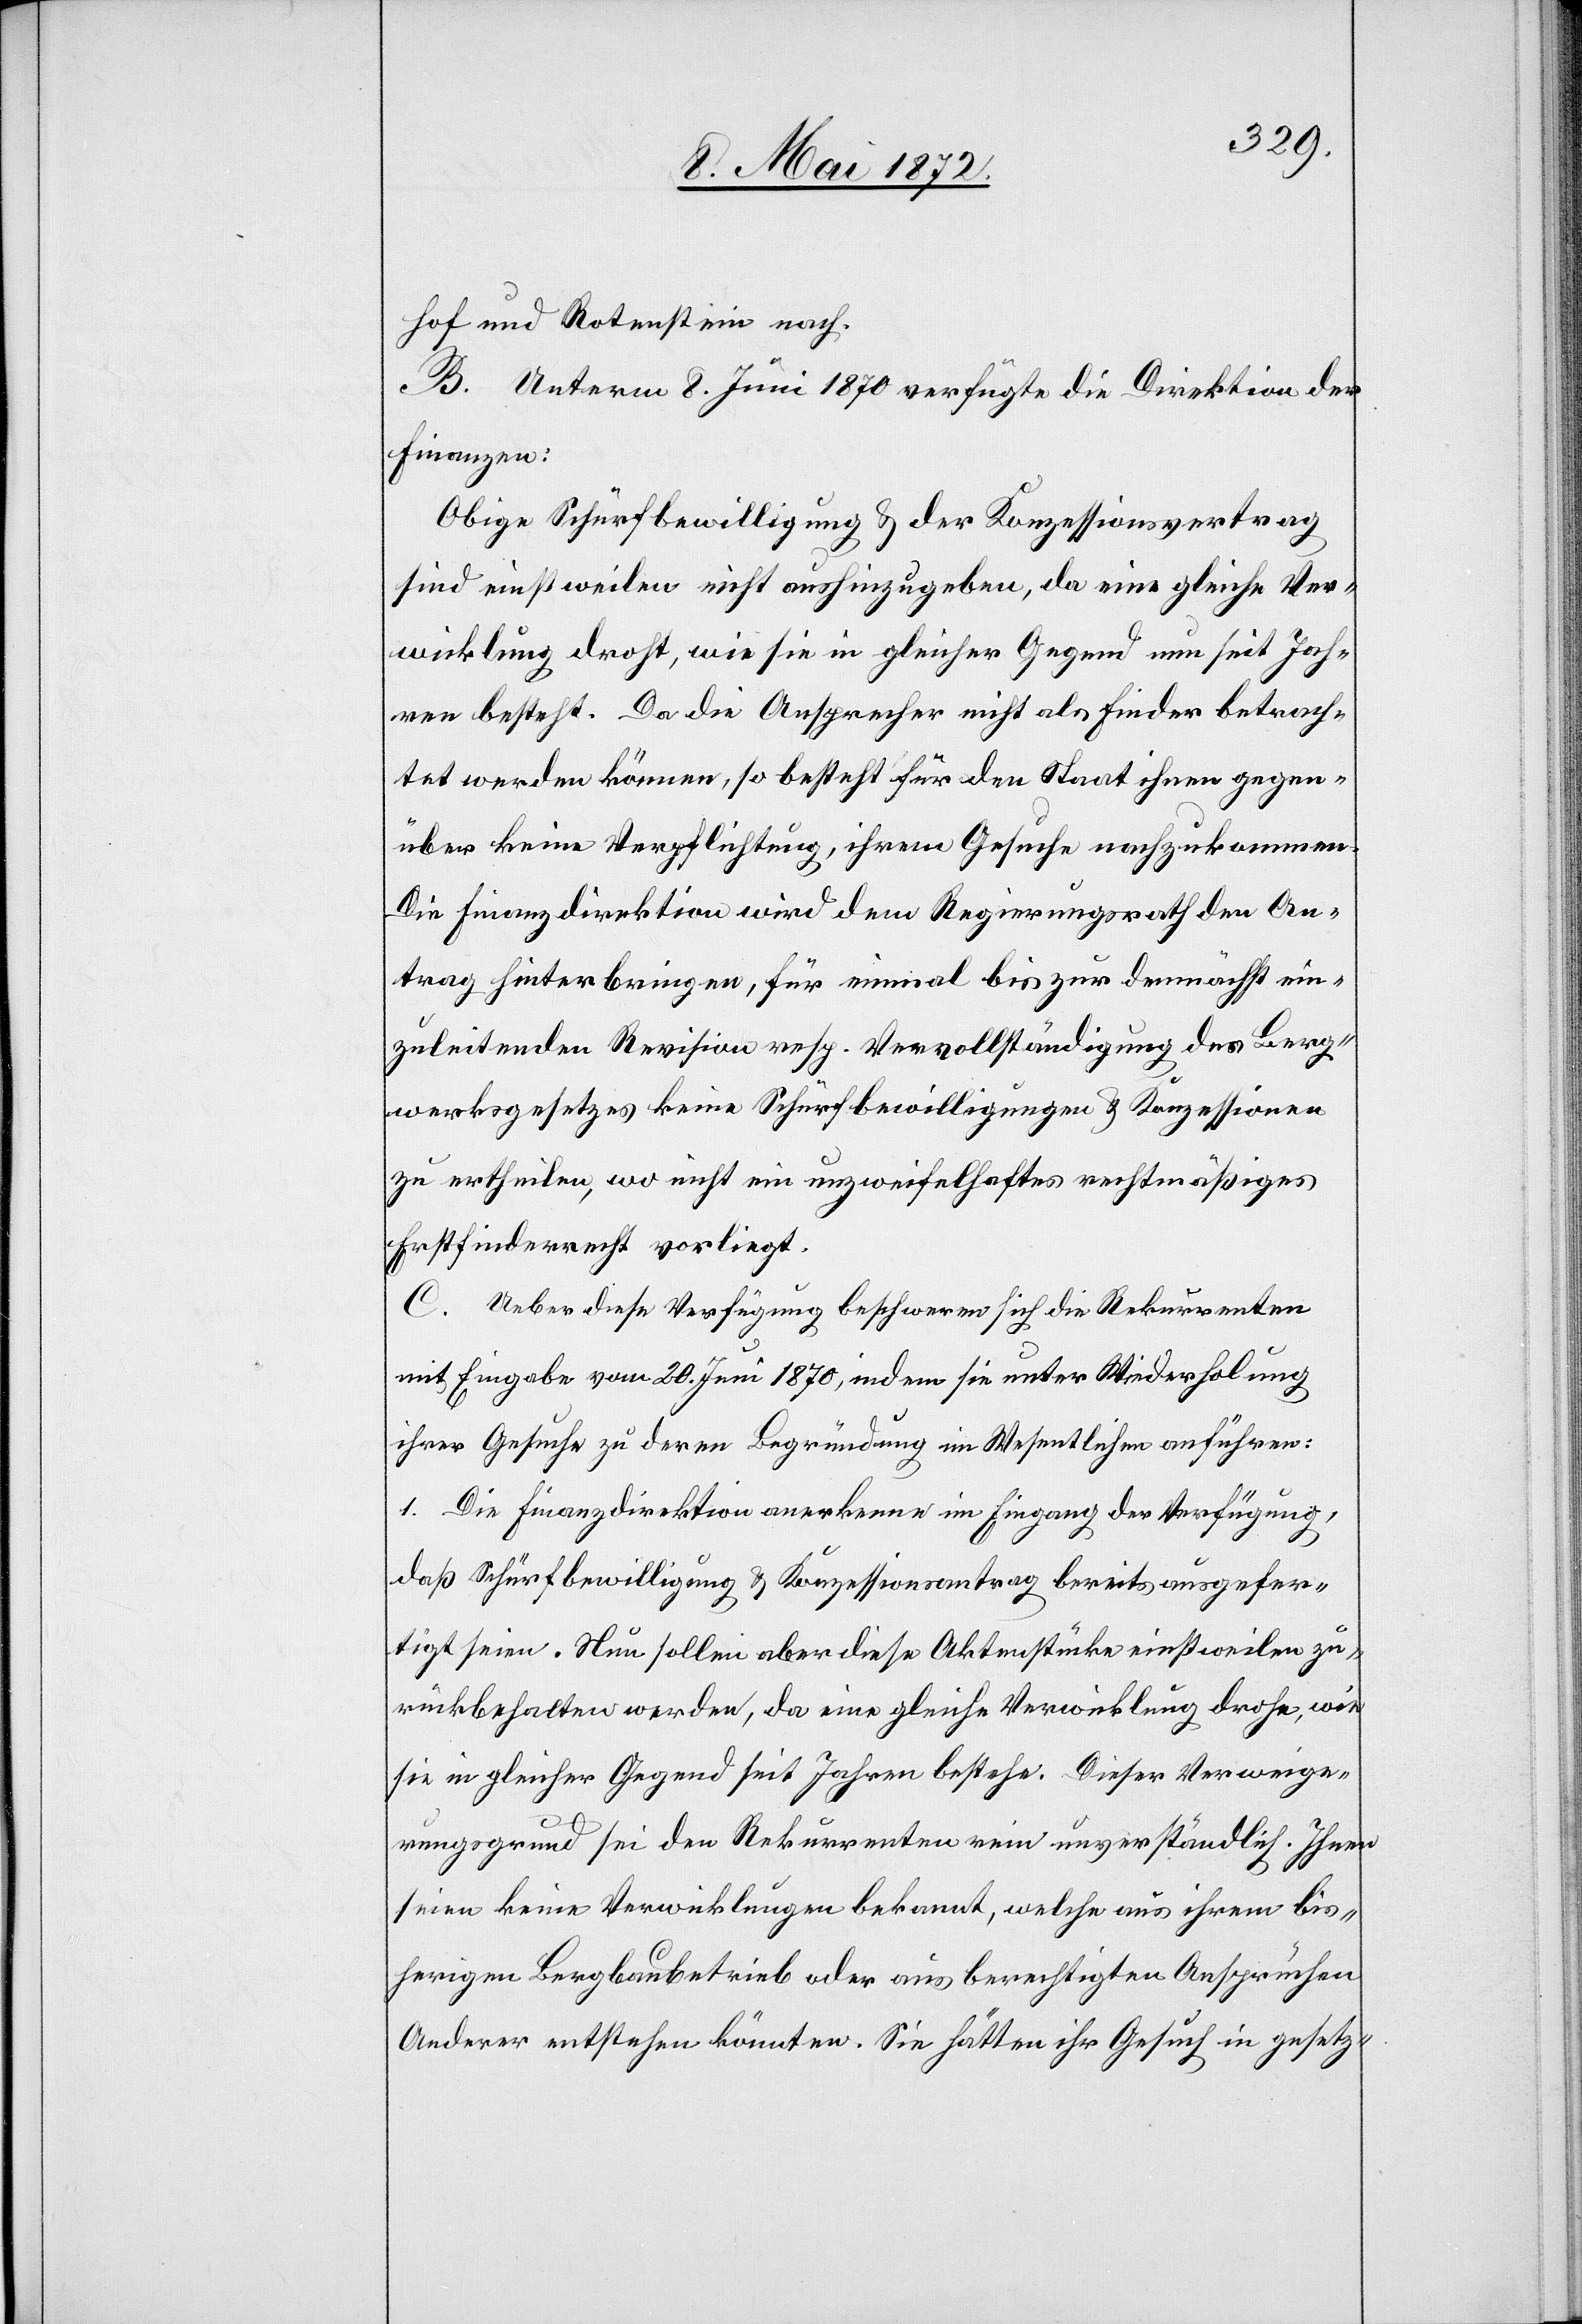
hof und Rotenstein nach.
B. Unterm 8. Juni 1870 verfügte die Direktion der
Finanzen:
Obige Schürfbewilligung u. der Konzessionsvertrag
sind einstweilen nicht aushinzugeben, da eine gleiche Ver¬
wicklung droht, wie sie in gleicher Gegend nun seit Jah¬
ren besteht. Da die Ansprecher nicht als Finder betrach¬
tet werden können, so besteht für den Staat ihnen gegen¬
über keine Verpflichtung, ihrem Gesuche nachzukommen.
Die Finanzdirektion wird dem Regierungsrath den An¬
trag hinterbringen, für einmal bis zur demnächst ein¬
zuleitenden Revision resp. Vervollständigung des Berg¬
werksgesetzes keine Schürfbewilligungen u. Konzessionen
zu ertheilen, wo nicht ein unzweifelhaftes rechtmäßiges
Erstfinderrecht vorliegt.
C. Ueber diese Verfügung beschweren sich die Rekurrenten
mit Eingabe vom 20. Juni 1870, indem sie unter Wiederholung
ihrer Gesuche zu deren Begründung im Wesentlichen anführen:
1. Die Finanzdirektion anerkenne im Eingang der Verfügung,
daß Schürfbewilligung u. Konzessionsantrag bereits ausgefer¬
tigt seien. Nun sollen aber diese Aktenstücke einstweilen zu¬
rückbehalten werden, da eine gleiche Verwicklung drohe, wie
sie in gleicher Gegend seit Jahren bestehe. Dieser Verweige¬
rungsgrund sei den Rekurrenten rein unverständlich. Ihnen
seien keine Verwicklungen bekannt, welche aus ihrem bis¬
herigen Bergbaubetrieb oder aus berechtigten Ansprüchen
Anderer entstehen könnten. Sie hätten ihr Gesuch in gesetz-